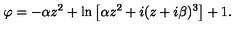
\varphi = - \alpha z ^ { 2 } + \ln \left[ \alpha z ^ { 2 } + i ( z + i \beta ) ^ { 3 } \right] + 1 .